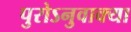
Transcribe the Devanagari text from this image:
पुरोऽनुवाक्या